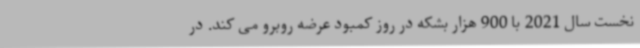
نخست سال 2021 با 900 هزار بشکه در روز کمبود عرضه روبرو می کند. در